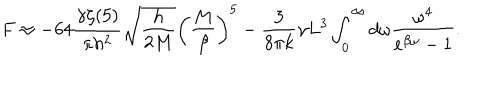
LaTeX: F \approx - 6 4 \frac { \gamma \zeta ( 5 ) } { \pi h ^ { 2 } } \sqrt { \frac { h } { 2 M } } \left( \frac { M } { \beta } \right) ^ { 5 } - \frac { 3 } { 8 \pi k } \gamma L ^ { 3 } \int _ { 0 } ^ { \infty } d \omega \frac { \omega ^ { 4 } } { e ^ { \beta \omega } - 1 } .